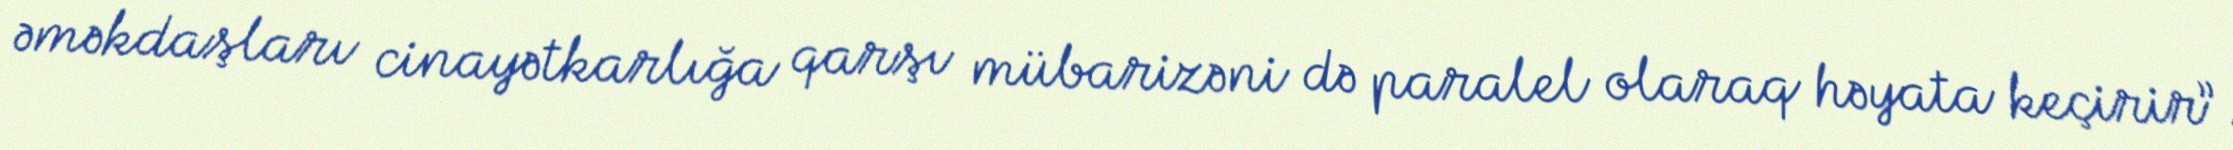
əməkdaşları cinayətkarlığa qarşı mübarizəni də paralel olaraq həyata keçirir”.